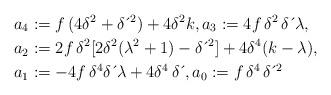
LaTeX: \begin{align*}a_{4} & :=f\,(4\delta^{2}+\delta \,\acute{}\,^{2})+4\delta^{2}k,a_{3}:=4f\, \delta^{2}\, \delta \,\acute{}\, \lambda,\\a_{2} & :=2f\, \delta^{2}[2\delta^{2}(\lambda^{2}+1)-\delta \,\acute{}\,^{2}]+4\delta^{4}(k-\lambda),\\a_{1} & :=-4f\, \delta^{4}\delta \,\acute{}\, \lambda+4\delta^{4}\, \delta \,\acute{}\,,a_{0}:=f\, \delta^{4\,}\delta \,\acute{}\,^{2}\end{align*}